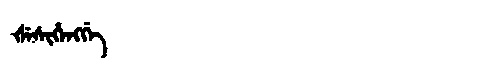
Manchu: ᡧᡝᠰᡳᡥᡝᠩᡤᡝ
Romanization: ŠESIHENGGE